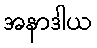
အနာဒါယ